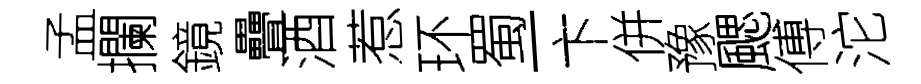
孟攔鏡疊酒惹环蜀一卞併豫颸傅沱